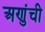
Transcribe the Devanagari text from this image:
अणुंची